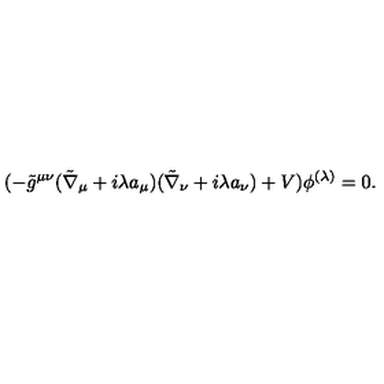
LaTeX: ( - \tilde { g } ^ { \mu \nu } ( \tilde { \nabla } _ { \mu } + i \lambda a _ { \mu } ) ( \tilde { \nabla } _ { \nu } + i \lambda a _ { \nu } ) + V ) \phi ^ { ( \lambda ) } = 0 .